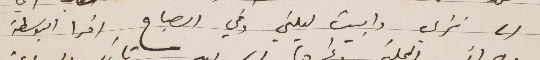
الى نزلي وابيت ليلتي وفي الصباح اقرأ البوسطة